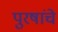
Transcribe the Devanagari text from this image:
पुरषांचे